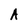
Character: A